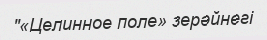
''«Целинное поле» зерәйнегі